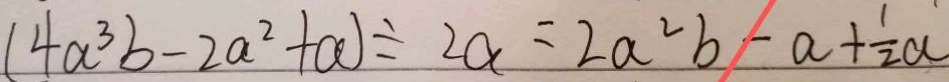
( 4 a ^ { 3 } b - 2 a ^ { 2 } + a ) \div 2 a = 2 a ^ { 2 } b - a + \frac { 1 } { 2 } a